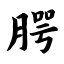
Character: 腭